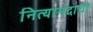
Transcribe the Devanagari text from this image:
नित्यानंदाची